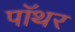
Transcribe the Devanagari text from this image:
पॉथर